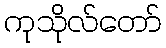
ကုသိုလ်တော်